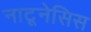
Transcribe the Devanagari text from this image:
नाटूनेसिस